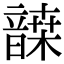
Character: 𩐷